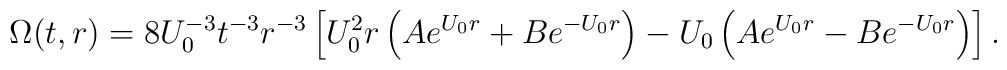
\Omega(t,r) = 8 U_0^{-3} t^{-3} r^{-3}     \left[ U^2_0 r \left( Ae^{U_0 r} + Be^{-U_0 r} \right)   - U_0 \left( Ae^{U_0 r} - Be^{-U_0 r} \right) \right].